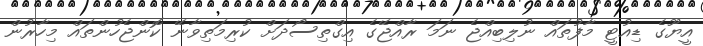
އީޔޫގެ ޑިއުޓީ މާފުތައް ނުލިބިއްޖެ ނަމަ ރާއްޖޭގެ އިގްތިސޯދަށް ކުރިމަތިވާނޭ ކޮންޖެހުންތައް މިހާރުން